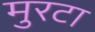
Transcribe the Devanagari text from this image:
मुरटा